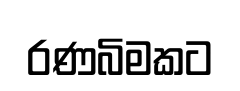
රණබිමකට